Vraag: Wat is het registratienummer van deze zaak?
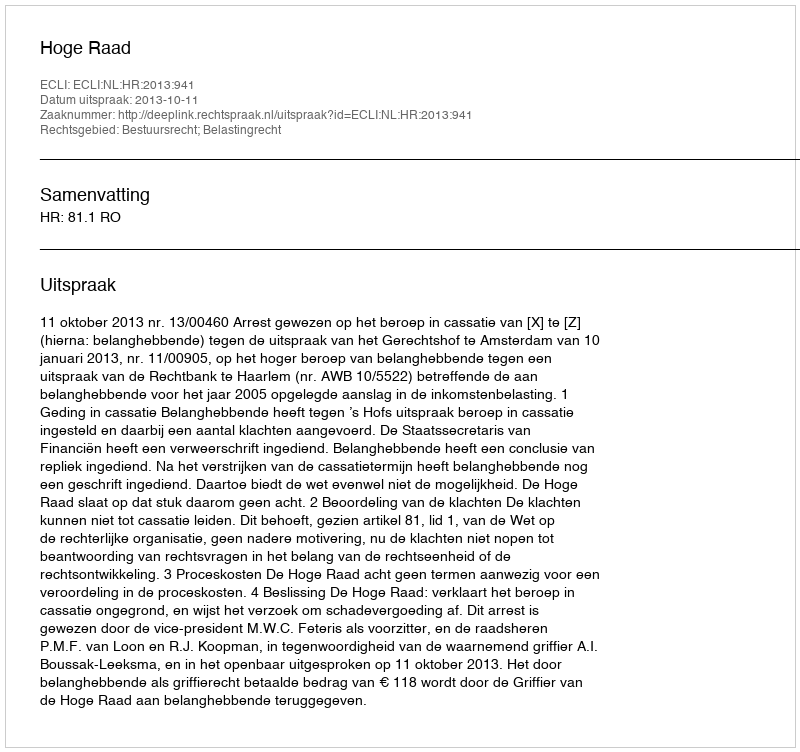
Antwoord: http://deeplink.rechtspraak.nl/uitspraak?id=ECLI:NL:HR:2013:941